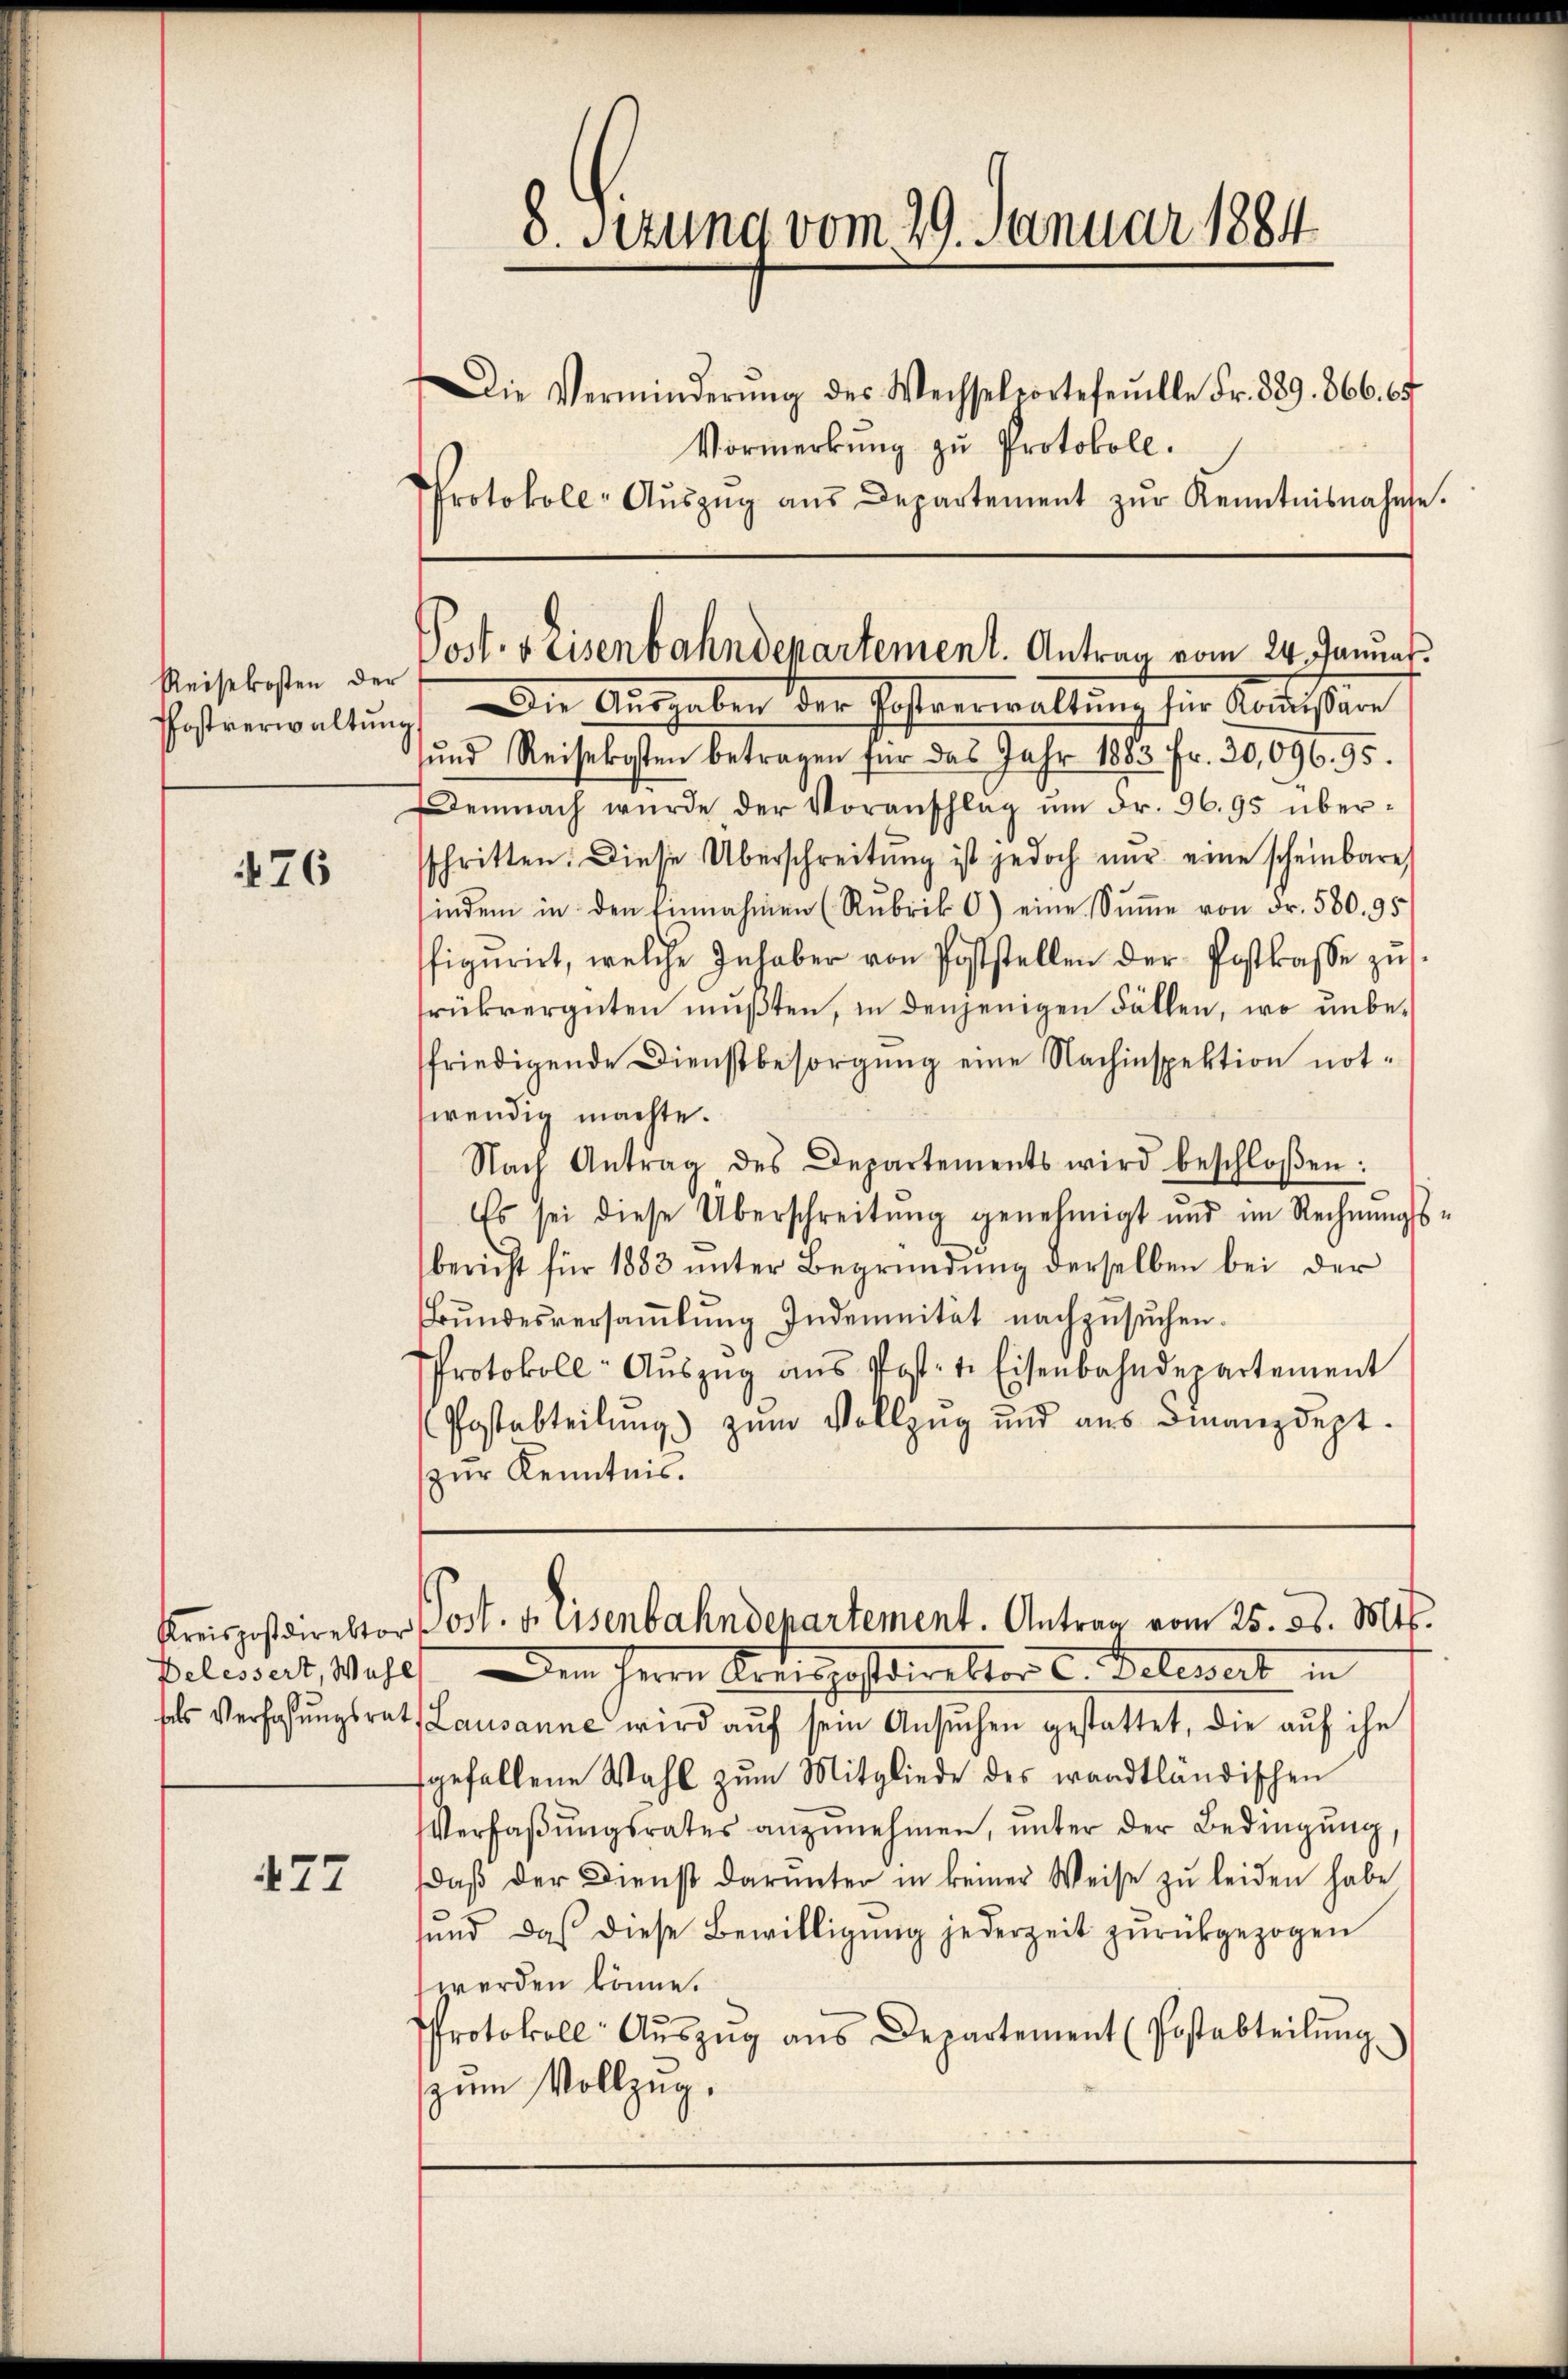
Reisekosten der
Postverwaltun

476

477

8. Sezung vom 29. Januar 1884
Die Verminderŭng des Wechselvortefeŭelle Fr. 389. 366. 67
Vormerkung zu Protokoll.
Protokoll-Aŭszŭg aŭs Departement zŭr Kenntnisnahmse.

Die Ausgaben der Postverwaltung für Kommissare
g
ŭnd Reisekosten betragen für das Jahr 1883 Fr. 30,096. 95.
emnach würde der Voranschlag ŭm Fr. 96. 95 über-
sschritten. Diese Überschreitŭng ist jedoch nur eine scheinbare
indem in den Einnahmen (Rubrik C) eine Sŭṁe von Fr. 580. 95
figurirt, welche Inhaber von Poststellen der Postkasse zŭ
frükvergüten mŭβten, in denjenigen Fällen, wo unbe-
friedigende Dienstbesorgung eine Nachinspektion notwendig machte.
Nach Antrag des Departements wird beschloßen:
Es sei diese Überschreitŭng genehmigt und im Rechnŭngs-
bericht für 1883 unter Begründung derselben bei der
Bŭndesversaṁlŭng Indemnität nachzŭsŭchen.
Protokoll- Aŭszŭg aŭs Post: 1. Eisenbahndepartement
Postabteilung) zum Vollzug und aus Finanzdept.
zur Kenntnis.
Kreispostdirektor Post. v. Eisenbahndepartement. Antrag vom 25. ds. Mts.
Belassert, Wahls – dem Herrn Kreispostdirektor C. Belewerk in
sels Verfassŭngsrath Lausanne wird aŭf sein Ansŭchen gestattet, die aŭf ihn
fgefallene Wahl zŭm Mitgliede des waadtländischen
Verfaßungsrates anzunehmen, unter der Bedingung,
daβ der Dienst darunter in keiner Weise zŭ leiden habe
sŭnd daß diese Bewilligŭng jederzeit zŭrückgezogen
werden könne.
Protokoll Aŭszŭg ans Departement (Postabteilŭng
zum Vollzug.

Post. 5 Eisenbahndepartement. Antrag vom 24. Januar.
s